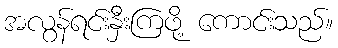
အလွန်ရင်းနှီးကြဖို့ ကောင်းသည်။